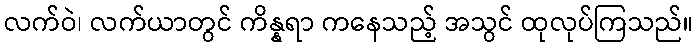
လက်ဝဲ၊ လက်ယာတွင် ကိန္နရာ ကနေသည့် အသွင် ထုလုပ်ကြသည်။